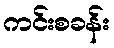
ကင်းစခန်း